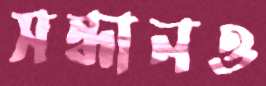
সন্ধানও